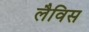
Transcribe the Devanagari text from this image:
लैविस